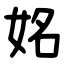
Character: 姳